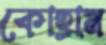
কোহ্রাম